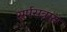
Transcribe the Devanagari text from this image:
सर्पसत्रात